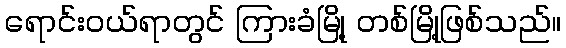
ရောင်းဝယ်ရာတွင် ကြားခံမြို့ တစ်မြို့ဖြစ်သည်။